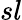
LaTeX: sl